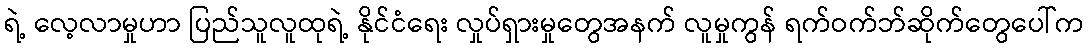
ရဲ့ လေ့လာမှုဟာ ပြည်သူလူထုရဲ့ နိုင်ငံရေး လှုပ်ရှားမှုတွေအနက် လူမှုကွန် ရက်ဝက်ဘ်ဆိုက်တွေပေါ်က